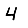
Digit: 4